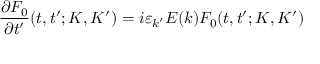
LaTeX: \frac { \partial F _ { 0 } } { \partial t ^ { \prime } } ( t , t ^ { \prime } ; K , K ^ { \prime } ) = i \varepsilon _ { k ^ { \prime } } E ( k ) F _ { 0 } ( t , t ^ { \prime } ; K , K ^ { \prime } )